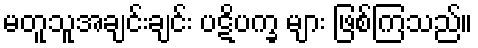
မတူသူအချင်းချင်း ပဋိပက္ခ များ ဖြစ်ကြသည်။